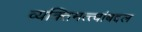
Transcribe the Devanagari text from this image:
व्यक्तिमत्त्वांबद्दल